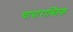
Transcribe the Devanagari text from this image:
चापारास्तिक